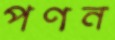
পণন